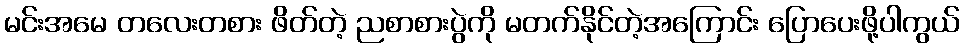
မင်းအမေ တလေးတစား ဖိတ်တဲ့ ညစာစားပွဲကို မတက်နိုင်တဲ့အကြောင်း ပြောပေးဖို့ပါကွယ်